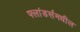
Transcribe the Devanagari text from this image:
फ्लांडर्समधील